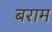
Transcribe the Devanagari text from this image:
बराम